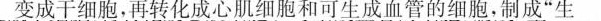
细胞变成干细胞；再转化成心肌细胞和可生成血管的细胞，制成”生